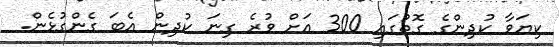
ކިޔަވާ ކުދިންގެ ގޮތުގައި 300 އަށް ވުރެ ގިނަ ކުދިން އެބަ ގެންގުޅެން.